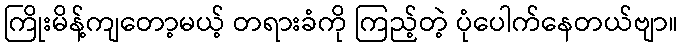
ကြိုးမိန့်ကျတော့မယ့် တရားခံကို ကြည့်တဲ့ ပုံပေါက်နေတယ်ဗျာ။